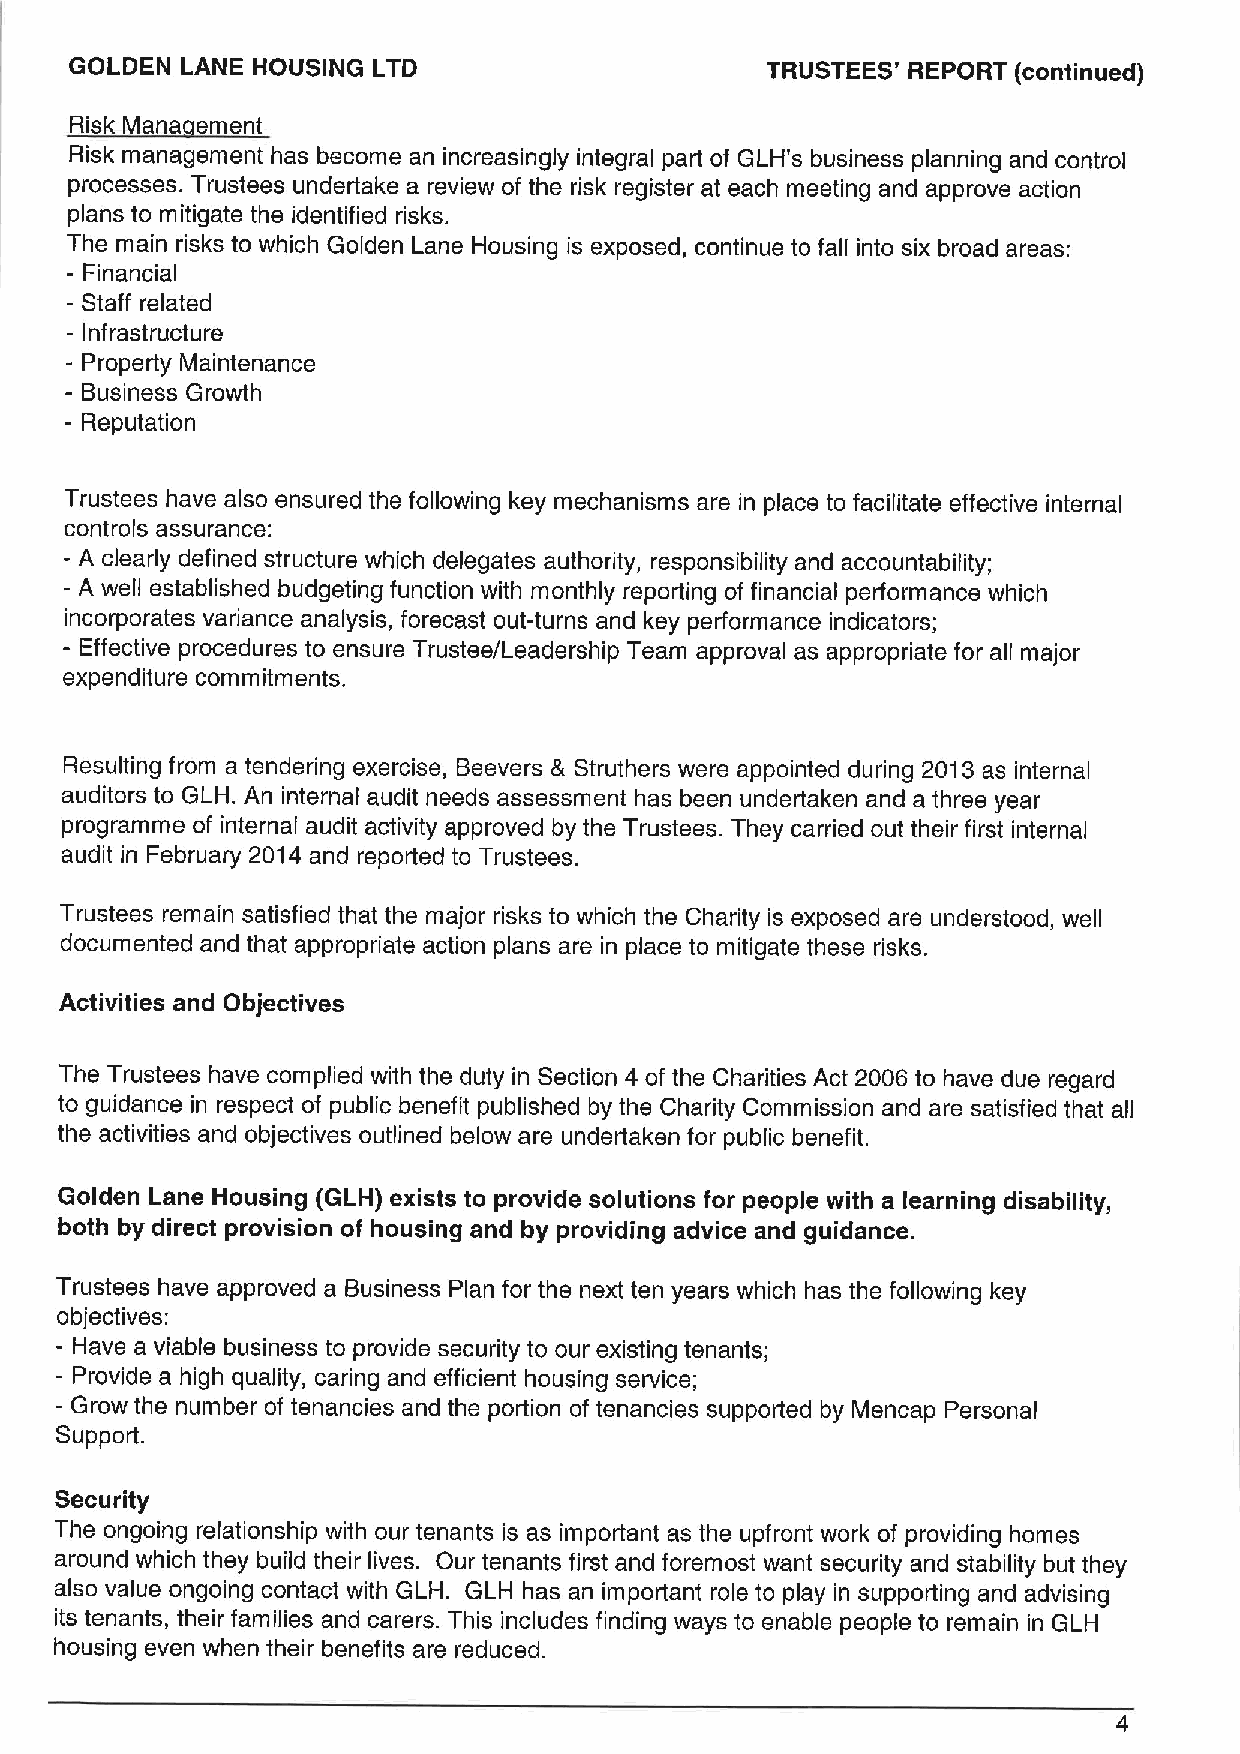
GOLDEN LANE HOUSING LTD                       TRUSTEES' REPORT (continued)
 Risk Mana ement
 Risk management has become an increasingly integral part of GLH's business planning and control
 processes. Trustees undertake a review of the risk register at each meeting and approve action
 plans to mitigate the identified risks.
 The main risks to which Golden Lane Housing is exposed, continue to fall into six broad areas:
 - Financial
 - Staff related
 - Infrastructure
 - Property Maintenance
 - Business Growth
 - Reputation
 Trustees have also ensured the following key mechanisms are in place to facilitate effective internal
 controls assurance:
 - A clearly defined structure which delegates authority, responsibility and accountability;
 - A well established budgeting function with monthly reporting of financial performance which
 incorporates variance analysis, forecast out-turns and key performance indicators;
 -
 Effective procedures to ensure Trustee/Leadership Team approval as appropriate for all major
 expenditure commitments.
 Resulting from a tendering exercise, Beevers & Struthers were appointed during 20t 3 as internal
 auditors to GLH. An internal audit needs assessment has been undertaken and a three year
 programme of internal audit activity approved by the Trustees. They carried out their first internal
 audit in February 2014 and reported to Trustees.
 Trustees remain satisfied that the major risks to which the Charity is exposed are understood, well
 documented and that appropriate action plans are in place to mitigate these risks.
 Activities and Objectives
 The Trustees have complied with the duty in Section 4 of the Charities Act 2006 to have due regard
 to guidance in respect of public benefit published by the Charity Commission and are satisfied that all
 the activities and objectives outlined below are undertaken for public benefit.
 Golden Lane Housing (GLH) exists to provide solutions for people with a learning disability,
 both by direct provision of housing and by providing advice and guidance.
 Trustees have approved a Business Plan for the next ten years which has the following key
 objectives:
 - Have a viable business to provide security to our existing tenants;
 - Provide a high quality, caring and efficient housing service;
 - Grow the number of tenancies and the portion of tenancies supported by Mencap Personal
 Support.
 Security
 The ongoing relationship with our tenants is as important as the upfront work of providing homes
 around which they build their lives. Our tenants first and foremost want security and stability but they
 also value ongoing contact with GLH. GLH has an important role to play in supporting and advising
 its tenants, their families and carers. This includes finding ways to enable people to remain in GLH
 housing even when their benefits are reduced.